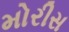
મોરીસ